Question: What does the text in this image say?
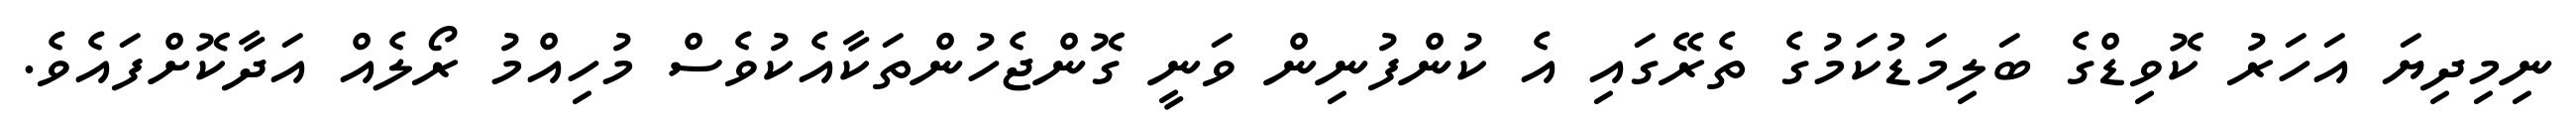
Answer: ނިމިދިޔަ އަހަރު ކޮވިޑްގެ ބަލިމަޑުކަމުގެ ތެރޭގައި އެ ކުންފުނިން ވަނީ ގޮންޖެހުންތަކާއެކުވެސް މުހިއްމު ރޯލެއް އަދާކޮށްފައެވެ.